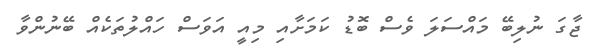
ޖާގަ ނުލިބޭ މައްސަލަ ވެސް ބޮޑު ކަމަށާއި މިއީ އަވަސް ހައްލުތަކެއް ބޭނުންވާ